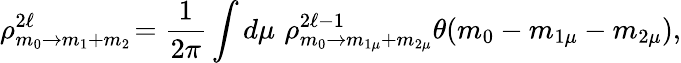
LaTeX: \rho_{m_{0}\rightarrow m_{1}+m_{2}}^{2\ell}\! =\frac{1}{2\pi}\int d\mu\, \, \rho_{m_{0}\rightarrow m_{1\mu}+m_{2\mu}}^{2\ell-1}\theta(m_{0}-m_{1\mu}-m_{2\mu}),